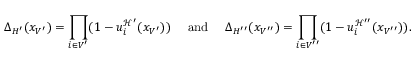
\Delta _ { H ^ { \prime } } ( x _ { V ^ { \prime } } ) = \prod _ { i \in V ^ { \prime } } ( 1 - u _ { i } ^ { \mathcal { H } ^ { \prime } } ( x _ { V ^ { \prime } } ) ) \quad \mathrm { ~ a n d ~ } \quad \Delta _ { H ^ { \prime \prime } } ( x _ { V ^ { \prime \prime } } ) = \prod _ { i \in V ^ { \prime \prime } } ( 1 - u _ { i } ^ { \mathcal { H } ^ { \prime \prime } } ( x _ { V ^ { \prime \prime } } ) ) .